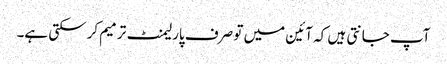
آپ جانتی ہیں کہ آئین میں تو صرف پارلیمنٹ ترمیم کرسکتی ہے۔